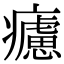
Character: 𤻱